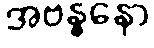
အဗန္ဓနော